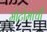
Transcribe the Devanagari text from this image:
मोटोमाची